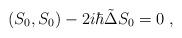
LaTeX: \begin{align*}(S_0,S_0)-2i\hbar \tilde{\Delta} S_0=0\;,\end{align*}